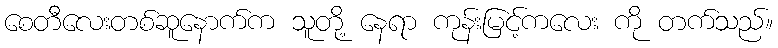
စေတီလေးတစ်ဆူနောက်က သူတို့ နေရာ ကုန်းမြင့်ကလေး ကို တက်သည်။